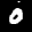
Label: 0